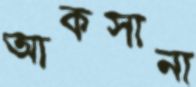
আকসানা